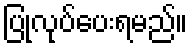
ပြုလုပ်ပေးရမည်။